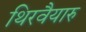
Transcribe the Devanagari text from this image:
थिरवैयारु